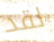
لقد